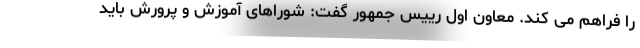
را فراهم می کند. معاون اول رییس جمهور گفت: شوراهای آموزش و پرورش باید